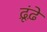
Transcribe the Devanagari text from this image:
ढ़ूंढ़े